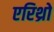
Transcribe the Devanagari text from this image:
एरिथ्रो